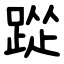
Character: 踨